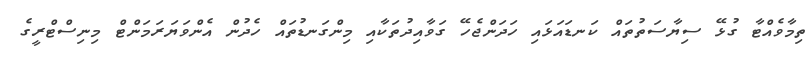
ތިމާވެއްޓާ ގުޅޭ ސިޔާސަތުތައް ކަނޑައަޅައި ހަދަންޖެހޭ ގަވާއިދުތަކާއި މިންގަނޑުތައް ހެދުން އެންވަޔަރަމަންޓް މިނިސްޓްރީގެ